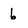
Character: 6